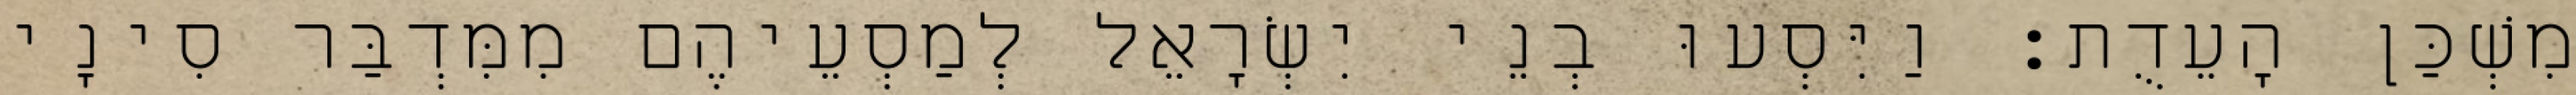
מִשְׁכַּן הָעֵדֻת׃ וַיִּסְעוּ בְנֵי יִשְׂרָאֵל לְמַסְעֵיהֶם מִמִּדְבַּר סִינָי